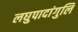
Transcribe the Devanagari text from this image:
लघुपादांगुलि